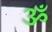
ૐ